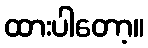
ထားပါတော့။